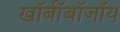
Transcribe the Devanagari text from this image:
खॉर्बॉबॉजॉय